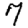
Digit: 7